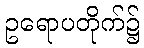
ဥရောပတိုက်၌